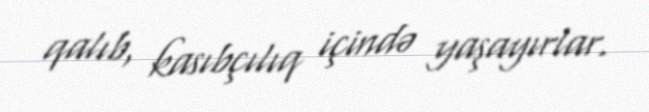
qalıb, kasıbçılıq içində yaşayırlar.